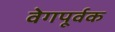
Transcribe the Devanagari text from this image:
वेगपूर्वक